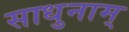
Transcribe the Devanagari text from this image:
साधुनाम्